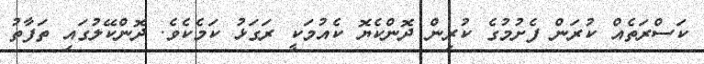
ކަސްރަތެއް ކުރަން ފެށުމުގެ ކުރިން ދޮންކެޔޮ ކެއުމަކީ ރަގަޅު ކަމެކެވެ. ދޮންކޭލުގައި ތަފާތު